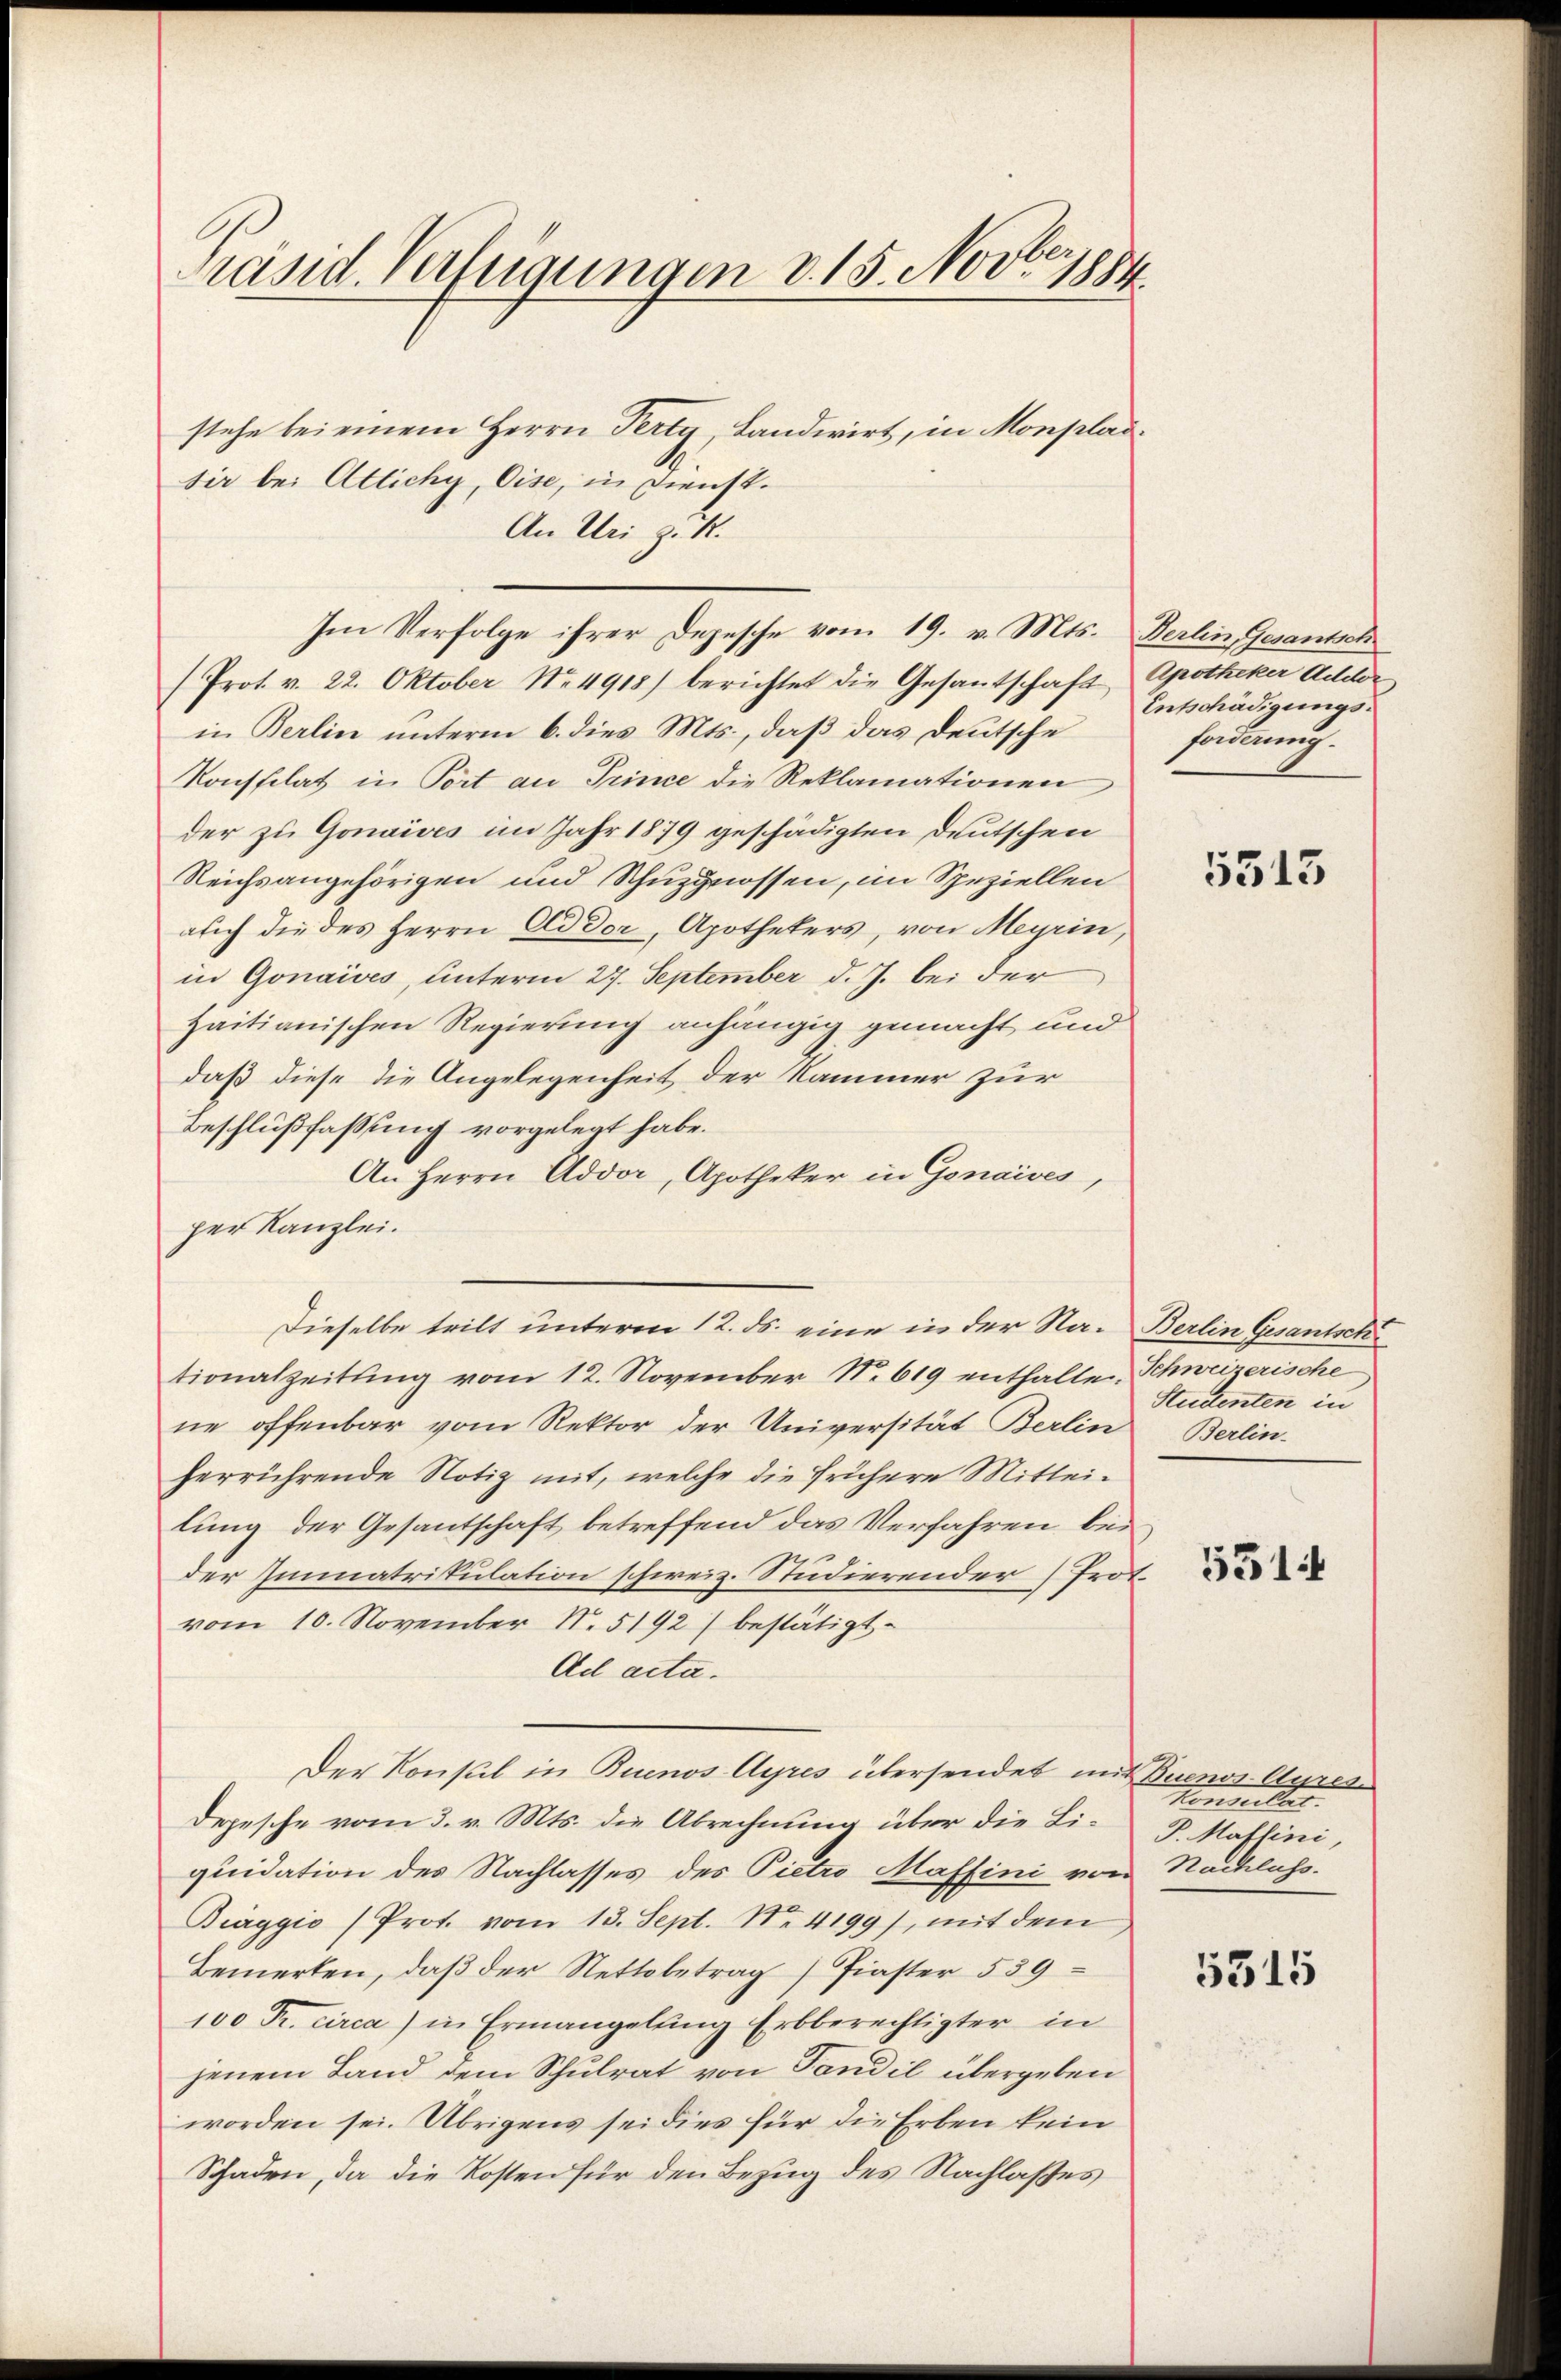
Präsid. Verfügungen v. 15. Novers

stehe bei einem Herrn Perty, Landwirt, in Monpladsir bei Altichy, Cise, in Dienst.
An Uri zu S.
(Prot. v. 22. Oktober Nr. 4918) berichtet die Gesantschaft
in Berlin unterm 6. dies Mts., daß das Deutsche
Konstilat in Port an Trince die Reklamationen
der zu Gonaives im Jahr 1879 geschädigten Deutschen
Reichsangehörigen und Schuzgnossen, im Speziellen
auch die des Herrn Ad Dor, Apothekers, von Meyrin,
in Gonaives, unterm 27. September d. J. bei der
Haitianischen Regierung anhängig gemacht und
daß diese die Angelegenheit der Kammer zur
Beschlußfassung vorgelegt habe.
An Herrn Addor, Apotheker in Genaives,
per Kanzlei.
Dieselbe tritt unterm 12. ds. eine in der Na- Berlin Gesantsch
tionalzeitŭng vom 12. November N. 619 enthalten Schweizerische
ne offenbar vom Rektor der Universität Berlin Berlin-
herrührende Notiz mit, welche die frühere Mitteilung der Gesantschaft betreffend das Verfahren bei
der Immatrikulation schweiz. Studierender Prot.
vom 10. November N. 5192) bestätigt.
Ad acta.
Der Konsul in Buenos-Ayres übersendet mit Buenos-Ayres¬
Depesche vom 3. v. Mts. die Abrechnung über die Liquidation des Nachlasses des Pietro Maffini von Nachlass.
Biaggio (Prot. vom 13. Sept. No. 4199), mit dem
Bemerken, daβ der Nettobetrag / Piaster 539
100 Fr. circa) in Ermangelung Erbberechtigter in
jenem Land dem Schulrat von Tandil übergeben
worden sei. Übrigens sei dies für die Erben kein
Schaden, da die Kosten für den Bezug des Nachlasses

Im Verfolge ihrer Depesche vom 19. v. Mts. Berlin, Gesantsch

Apotheker Aider
Entschädigungsforderung.

5513

Studenten in

5514

Konsulat
P.Maffini,

5315